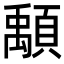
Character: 𩔔